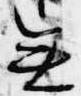
無